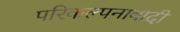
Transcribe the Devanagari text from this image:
परिकल्पनावादी